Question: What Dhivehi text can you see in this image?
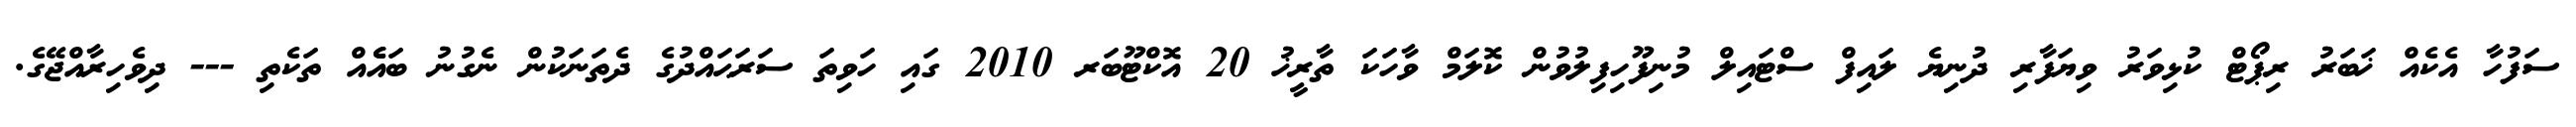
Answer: ސަފުހާ އެކެއް ޚަބަރު ރިޕޯޓް ކުޅިވަރު ވިޔަފާރި ދުނިޔެ ލައިފް ސްޓައިލް މުނިފޫހިފިލުވުން ކޮލަމް ވާހަކަ ތާރީޚު 20 އޮކްޓޫބަރ 2010 ގައި ހަވިތަ ސަރަޙައްދުގެ ދެތަނަކުން ނެގުނު ބައެެއް ތަކެތި --- ދިވެހިރާއްޖޭގެ.